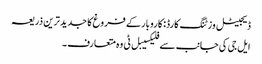
ڈیجیٹل وزٹنگ کارڈ: کاروبار کے فروغ کا جدید ترین ذریعہ
ایل جی کی جانب سے فلیکسیبل ٹی وہ متعارف ۔